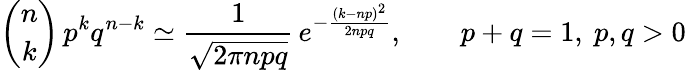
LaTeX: {\binom{n}{k}}\, p^{k}q^{n-k}\simeq{\frac{1}{\sqrt{2\pi npq}}}\, e^{-{\frac{(k-np)^{2}}{2npq}}},\qquad p+q=1,\ p,q>0